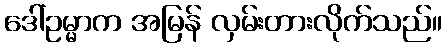
ဒေါ်ဥမ္မာက အမြန် လှမ်းတားလိုက်သည်။